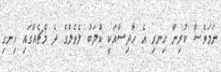
ނަމަވެސް ކުރިން ހިނގި އެ ހާދިސާއަކީ ކްލަބު ލެވެލްގެ ދެ މެޗެއްގައި ހިނގި